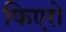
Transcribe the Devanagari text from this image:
फिएरो